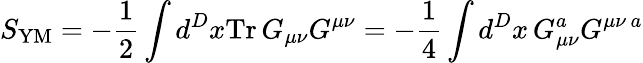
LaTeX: S_{\mathrm{YM}}=-\frac{1}{2}\int d^{D}x\mathrm{Tr}\, G_{\mu\nu}G^{\mu\nu}=-\frac{1}{4}\int d^{D}x\, G_{\mu\nu}^{a}G^{\mu\nu\, a}